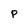
Character: P